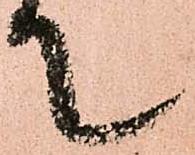
て